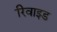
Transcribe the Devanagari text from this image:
रिवाइड